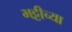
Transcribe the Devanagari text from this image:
भट्टीच्या